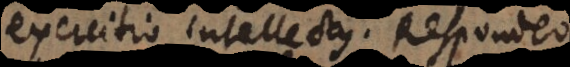
exercitio intellectus. Respondeo